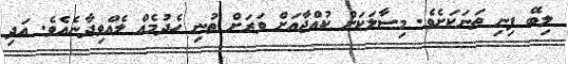
ލިބޭ ފިނި ތަނަކަށެވެ. މިސާލަކަށް ކުއްޖާއަށް ވަރަށް ތުނި ހެދުމެއް ލެއްވިދާނެއެވެ. އަދި